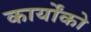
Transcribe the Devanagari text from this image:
कार्योंको